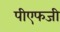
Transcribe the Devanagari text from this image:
पीएफजी